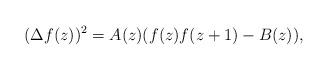
LaTeX: \begin{align*}(\Delta f(z))^2=A(z)(f(z)f(z+1)-B(z)),\end{align*}